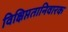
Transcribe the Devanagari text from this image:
विक्षिप्ततानिवारक